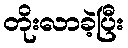
တိုးလာခဲ့ပြီး